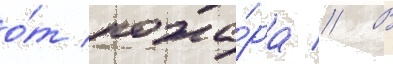
о́т пожа́ра // В